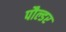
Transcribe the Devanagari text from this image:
पौल्डर